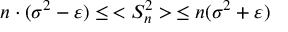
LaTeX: n \cdot ( \sigma ^ { 2 } - \varepsilon ) \leq \, < S _ { n } ^ { 2 } > \, \leq n ( \sigma ^ { 2 } + \varepsilon )